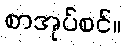
စာအုပ်စင်။